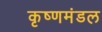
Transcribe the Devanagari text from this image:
कृष्णमंडल